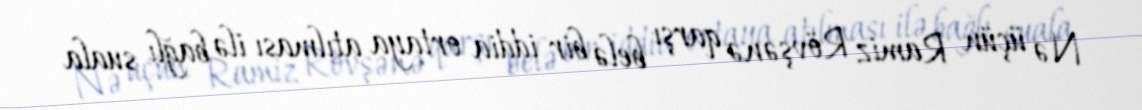
Nə üçün Ramiz Rövşənə qarşı belə bir iddia ortaya atılması ilə bağlı suala